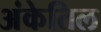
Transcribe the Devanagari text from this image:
अंकेतिल